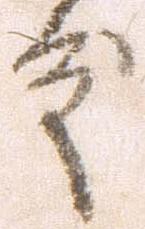
殿